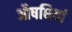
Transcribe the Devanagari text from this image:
औषधियां